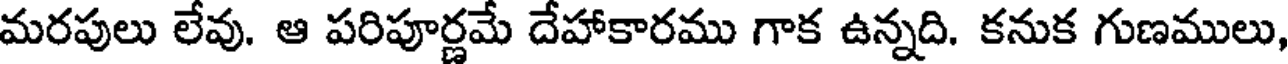
మరపులు లేవు. ఆ పరిపూర్ణమే దేహాకారము గాక ఉన్నది. కనుక గుణములు,